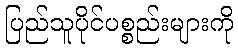
ပြည်သူပိုင်ပစ္စည်းများကို